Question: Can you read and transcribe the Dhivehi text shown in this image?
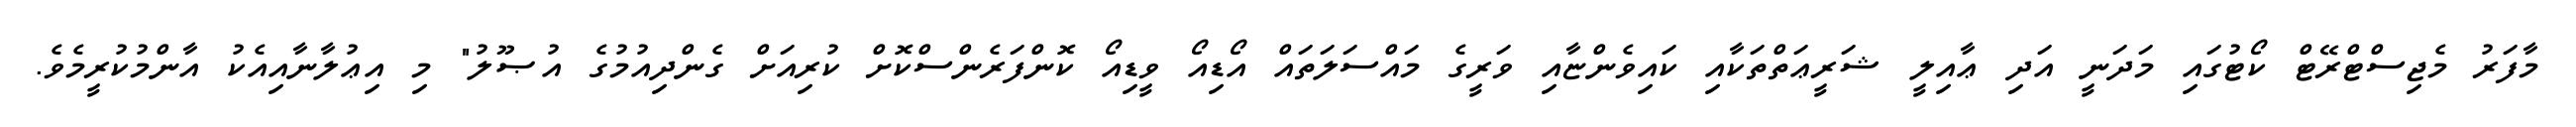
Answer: މާފަރު މެޖިސްޓްރޭޓް ކޯޓުގައި މަދަނީ އަދި ޢާއިލީ ޝަރީޢަތްތަކާއި ކައިވެންޏާއި ވަރީގެ މައްސަލަތައް އޯޑިއޯ ވީޑިއޯ ކޮންފަރެންސްކޮށް ކުރިއަށް ގެންދިއުމުގެ އުޞޫލު" މި އިޢުލާނާއިއެކު އާންމުކުރީމެވެ.